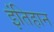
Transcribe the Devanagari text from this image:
इंतिहान